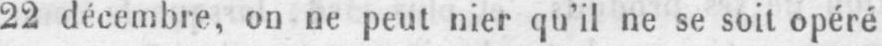
22 décembre, on ne peut nier qu’il ne se soit opéré